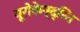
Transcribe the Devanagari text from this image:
यूरोकेन्द्रित